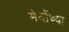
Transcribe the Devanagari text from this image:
मेयोंच्या